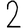
Digit: 2